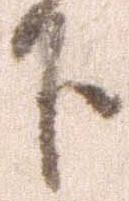
下